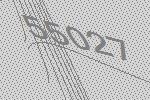
55027